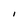
Character: l